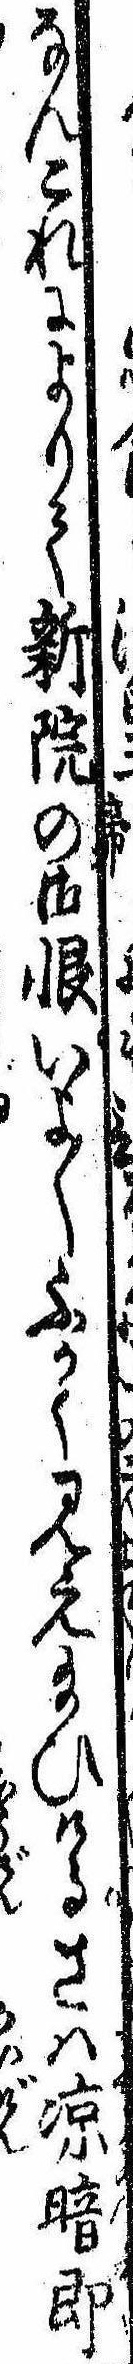
なんこれによりて新院の御恨いよ〱ふかく見え給ひけるさは涼暗即